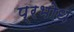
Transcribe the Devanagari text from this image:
प्रभोध